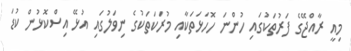
މިއީ ރާއްޖޭގެ ފަރުތަކުގައި ހުންނަ ހޮހަޅަތަކާއި މުރަކަތަކުގެ ނިވަލުގައި އުޅޭ އިސްކޮޅުން ކުޑަ